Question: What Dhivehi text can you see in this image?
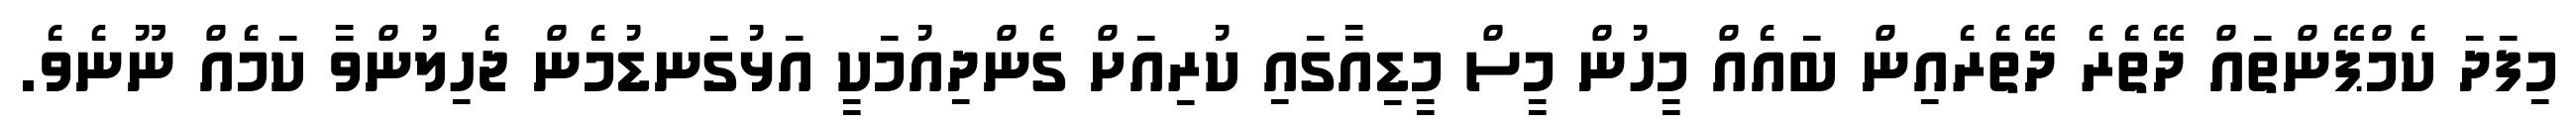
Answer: މިފަދަ ކެމްޕޭންތައް ދޭތެރެ ދޭތެރެއިން ބައެއް މީހުން މީސް މީޑިއާގައި ކުރިއަށް ގެންދިއުމަކީ އަޅުގަނޑުމެން ޖެހިލުންވާ ކަމެއް ނޫނެވެ.